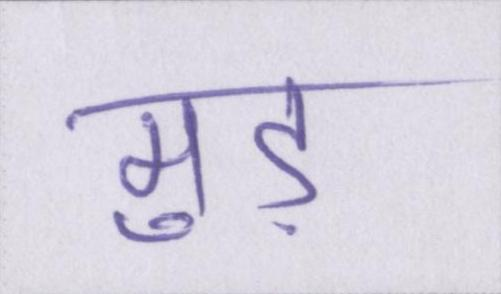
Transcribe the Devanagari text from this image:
मुड़